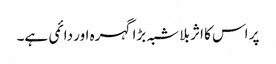
پر اس کا اثر بلا شبہ بڑا گہرہ اور دائمی ہے۔